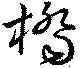
橋